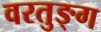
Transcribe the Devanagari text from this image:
वरतुङ्ग